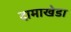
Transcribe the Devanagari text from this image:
दामाखेडा